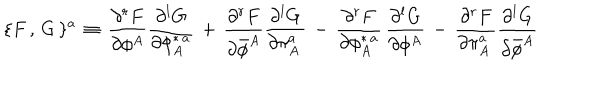
LaTeX: \{ F \, , \, G \, \} ^ { a } \, \equiv \, { \frac { \partial ^ { r } F } { \partial \phi ^ { A } } } { \frac { \partial ^ { l } G } { \partial \phi _ { A } ^ { \ast \, a } } } \, + \, { \frac { \partial ^ { r } F } { \partial { \bar { \phi } } ^ { A } } } { \frac { \partial ^ { l } G } { \partial \pi _ { A } ^ { a } \, } } \, - \, { \frac { \partial ^ { r } F } { \partial \phi _ { A } ^ { \ast \, a } } } \, { \frac { \partial ^ { l } G } { \partial \phi ^ { A } } } \, - \, { \frac { \partial ^ { r } F } { \partial \pi _ { A } ^ { a } \, } } { \frac { \partial ^ { l } G } { \partial { \bar { \phi } } ^ { A } } }